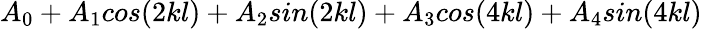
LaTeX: A_{0}+A_{1}cos(2kl)+A_{2}sin(2kl)+A_{3}cos(4kl)+A_{4}sin(4kl)